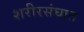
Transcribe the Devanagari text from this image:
शरीरसंघात